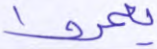
يعمروا